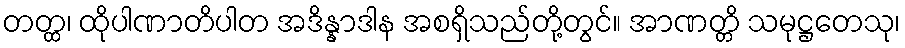
တတ္ထ၊ ထိုပါဏာတိပါတ အဒိန္နာဒါန အစရှိသည်တို့တွင်။ အာဏတ္တိ သမုဋ္ဌတေသု၊